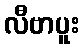
လီဗာပူး